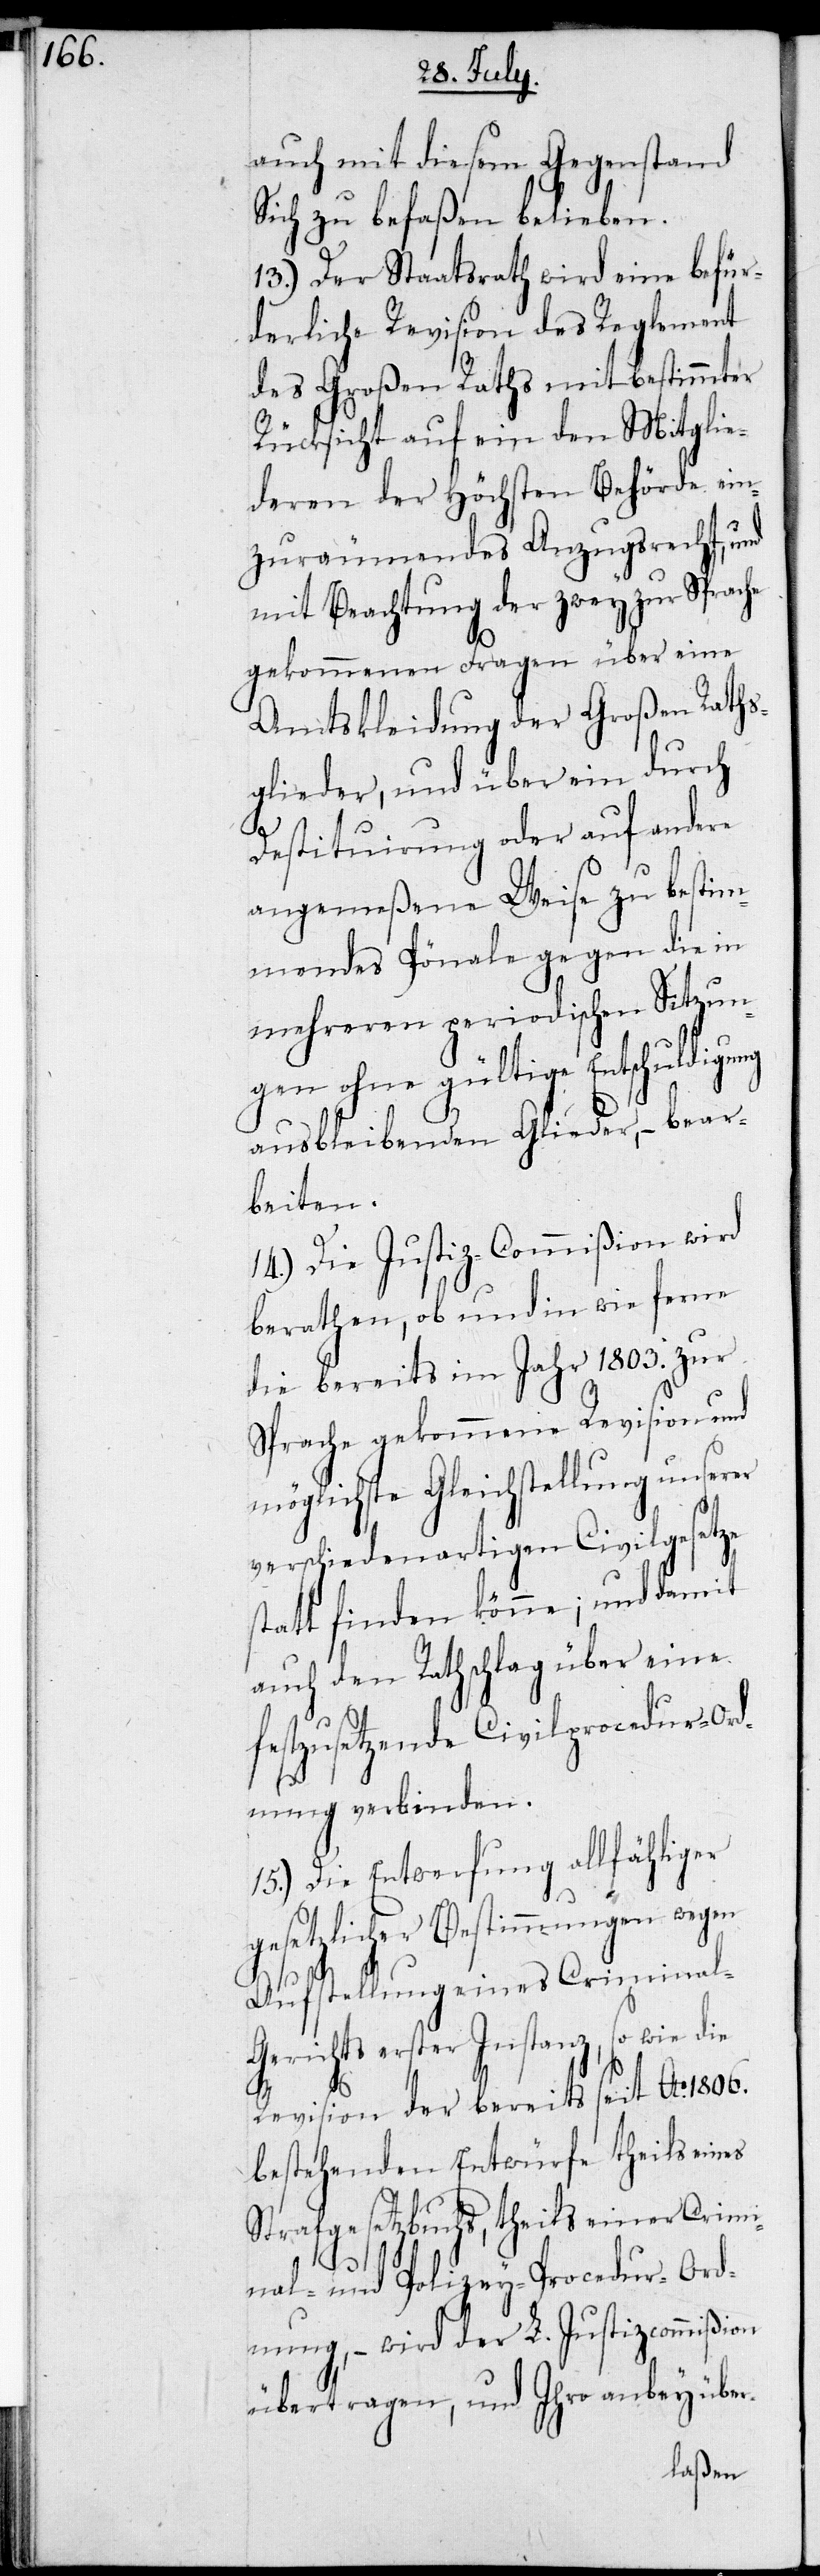
er

auch mit diesem Gegenstand
Sich zu befaßen belieben.
13.) Der Staatsrath wird eine befür¬
derliche Revision des Reglement
des Großen Raths mit bestimmter
Rücksicht auf ein den Mitglie¬
deren der Höchsten Behörde ein¬
zuräumendes Anzugsrecht, und
mit Beachtung der zwey zur Sprache
gekommenen Fragen über eine
Amtskleidung der Großen Raths¬
glieder, und über ein durch
Destituirung oder auf andere
angemeßene Weise zu bestim¬
mendes Pönale gegen die in
mehreren periodischen Sitzun¬
gen ohne gültige Entschuldigung
ausbleibenden Glieder, bear¬
beiten.
14.) Die Justiz-Commißion wird
berathen, ob und in wie ferne
die bereits im Jahr 1803. zur
Sprache gekommene Revision und
möglichste Gleichstellung unser¬
verschiedenartigen Civilgesetze
stattfinden könne; und damit
auch den Rathschlag über eine
festzusetzende Civilprocedur-Ord¬
nung verbinden.
15.) Die Entwerfung allfähliger
gesetzlicher Bestimmungen wegen
Aufstellung eines Criminal-G¬
erichts erster Instanz, so wie
Revision der bereits seit Ao 1806.
bestehenden Entwürfe theils eines
Strafgesetzbuchs, theils einer Crimi¬
nal- und Polizey-Procedur-Ord¬
nung, – wird der L. Justizcommißion
übertragen, und Ihro anbey über-